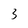
Character: 3